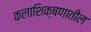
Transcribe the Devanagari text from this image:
कलाशिक्षणातील